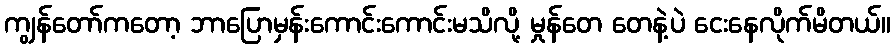
ကျွန်တော်ကတော့ ဘာပြောမှန်းကောင်းကောင်းမသိလို့ မှုန်တေ တေနဲ့ပဲ ငေးနေလိုက်မိတယ်။